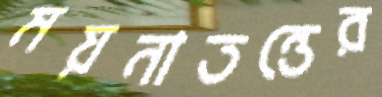
ময়নাতন্তের